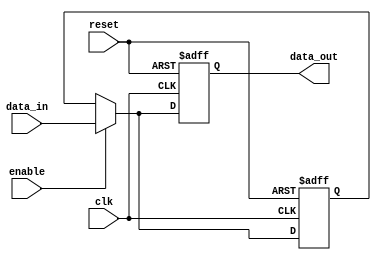
module level_sensitive_latch (
    input wire clk,       // Clock signal
    input wire reset,     // Reset signal
    input wire enable,    // Enable control signal
    input wire data_in,   // Input data
    output reg data_out   // Output data
);

reg latch_data;  // Data stored in the latch

always @(posedge clk or posedge reset) begin
    if (reset) begin
        latch_data <= 1'b0;   // Reset the latch
        data_out <= 1'b0;     // Reset the output
    end
    else if (enable) begin
        latch_data <= data_in; // Store input data when latch is in transparent state
        data_out <= data_in;   // Update output
    end
    else begin
        data_out <= latch_data; // Retain stored data
    end
end

endmodule